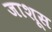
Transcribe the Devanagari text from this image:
जाशूस